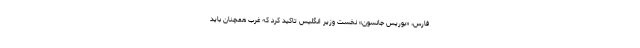
فارس، «بوریس جانسون» نخست وزیر انگلیس تاکید کرد که غرب همچنان باید